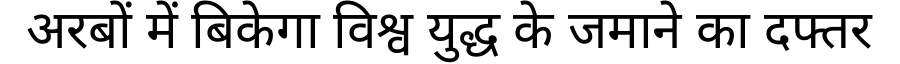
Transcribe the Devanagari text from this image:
अरबों में बिकेगा विश्व युद्ध के जमाने का दफ्तर